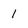
Character: 1